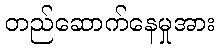
တည်ဆောက်နေမှုအား